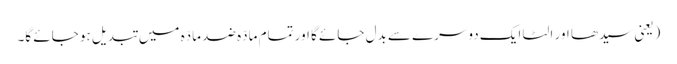
(یعنی سیدھا اور الٹا ایک دوسرے سے بدل جائے گا اور تمام مادّہ ضد مادّہ میں تبدیل ہو جائے گا۔